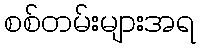
စစ်တမ်းများအရ